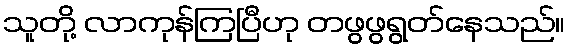
သူတို့ လာကုန်ကြပြီဟု တဖွဖွရွတ်နေသည်။